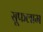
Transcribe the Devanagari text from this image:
सूफलाम